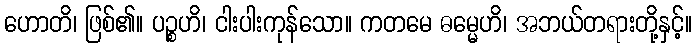
ဟောတိ၊ ဖြစ်၏။ ပဉ္စဟိ၊ ငါးပါးကုန်သော။ ကတမေ ဓမ္မေဟိ၊ အဘယ်တရားတို့နှင့်။